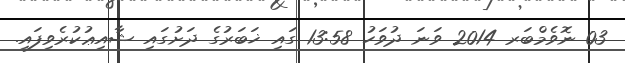
03 ނޮވެމްބަރ 2014 ވަނަ ދުވަހު 13:58 ގައި ޚަބަރުގެ ދަށުގައި ޝާއިޢުކުރެވިފައި.